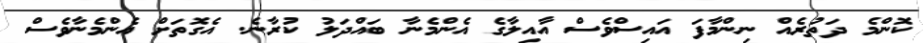
ކޮންމެ ދަތުރެއް ނިންމާފަ އައިސްވެސް އާއިލާގެ އެންމެނާ ބައްދަލު ކުރާނެ. އެގޮތަށް އެންމެނާވެސް